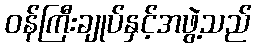
ဝန်ကြီးချုပ်နှင့်အဖွဲ့သည်